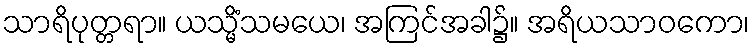
သာရိပုတ္တရာ။ ယသ္မိံသမယေ၊ အကြင်အခါ၌။ အရိယသာဝကော၊